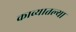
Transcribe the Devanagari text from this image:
काव्यातल्या